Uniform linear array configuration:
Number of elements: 16
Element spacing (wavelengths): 1
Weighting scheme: blackman
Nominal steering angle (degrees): -30
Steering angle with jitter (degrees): -29.905
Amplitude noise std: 0.05
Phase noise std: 0.05

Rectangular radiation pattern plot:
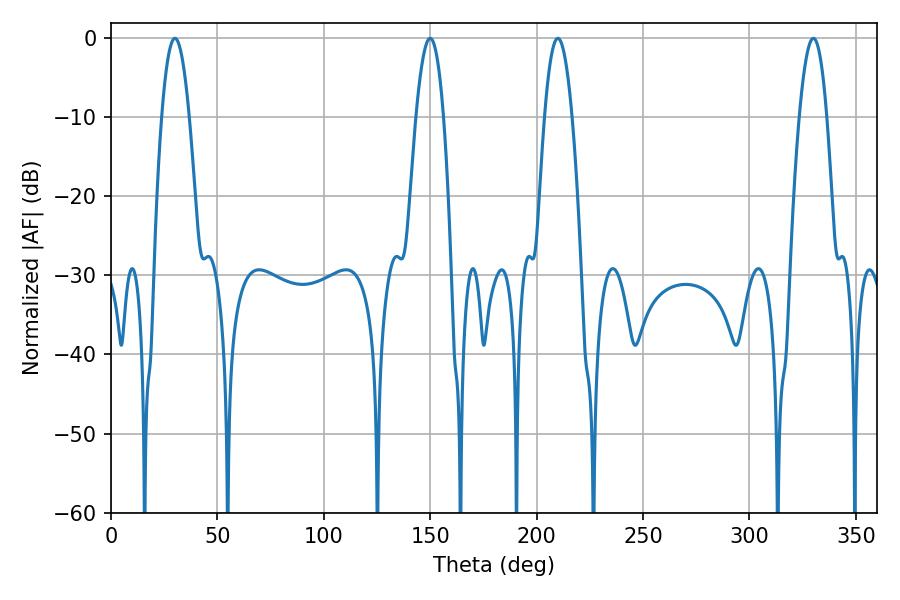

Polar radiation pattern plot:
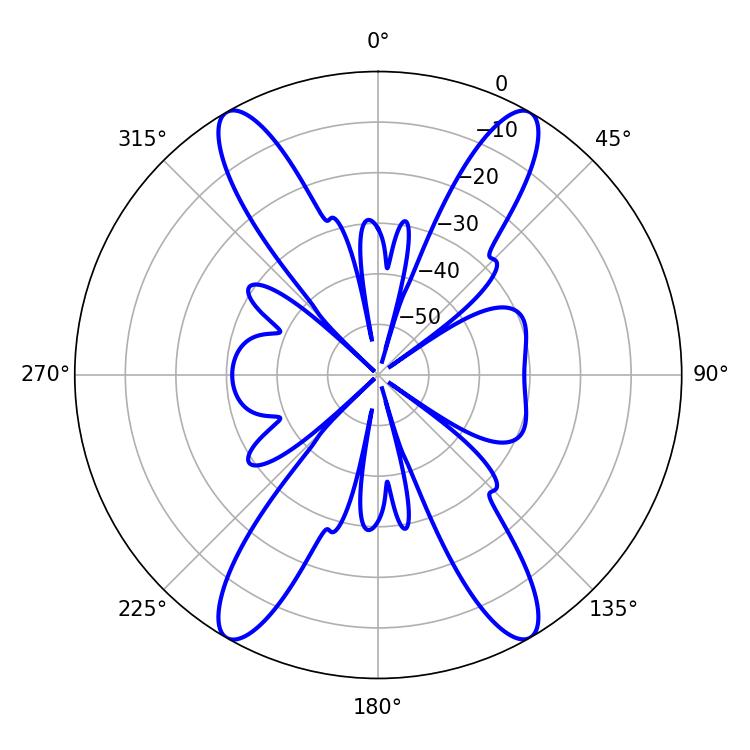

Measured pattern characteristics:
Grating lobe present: TRUE
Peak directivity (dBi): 32.616
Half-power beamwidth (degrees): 7.02
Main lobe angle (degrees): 30.06